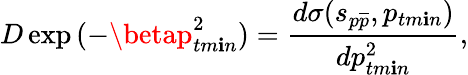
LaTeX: D\exp{(-\betap_{tm\mathbf{i}n}^{2})}=\frac{{d\sigma(s_{p\overline{{{{p}}}}},p_{tm\mathbf{i}n})}}{{dp_{tm\mathbf{i}n}^{2}}},